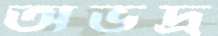
অভদ্র